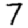
Digit: 7